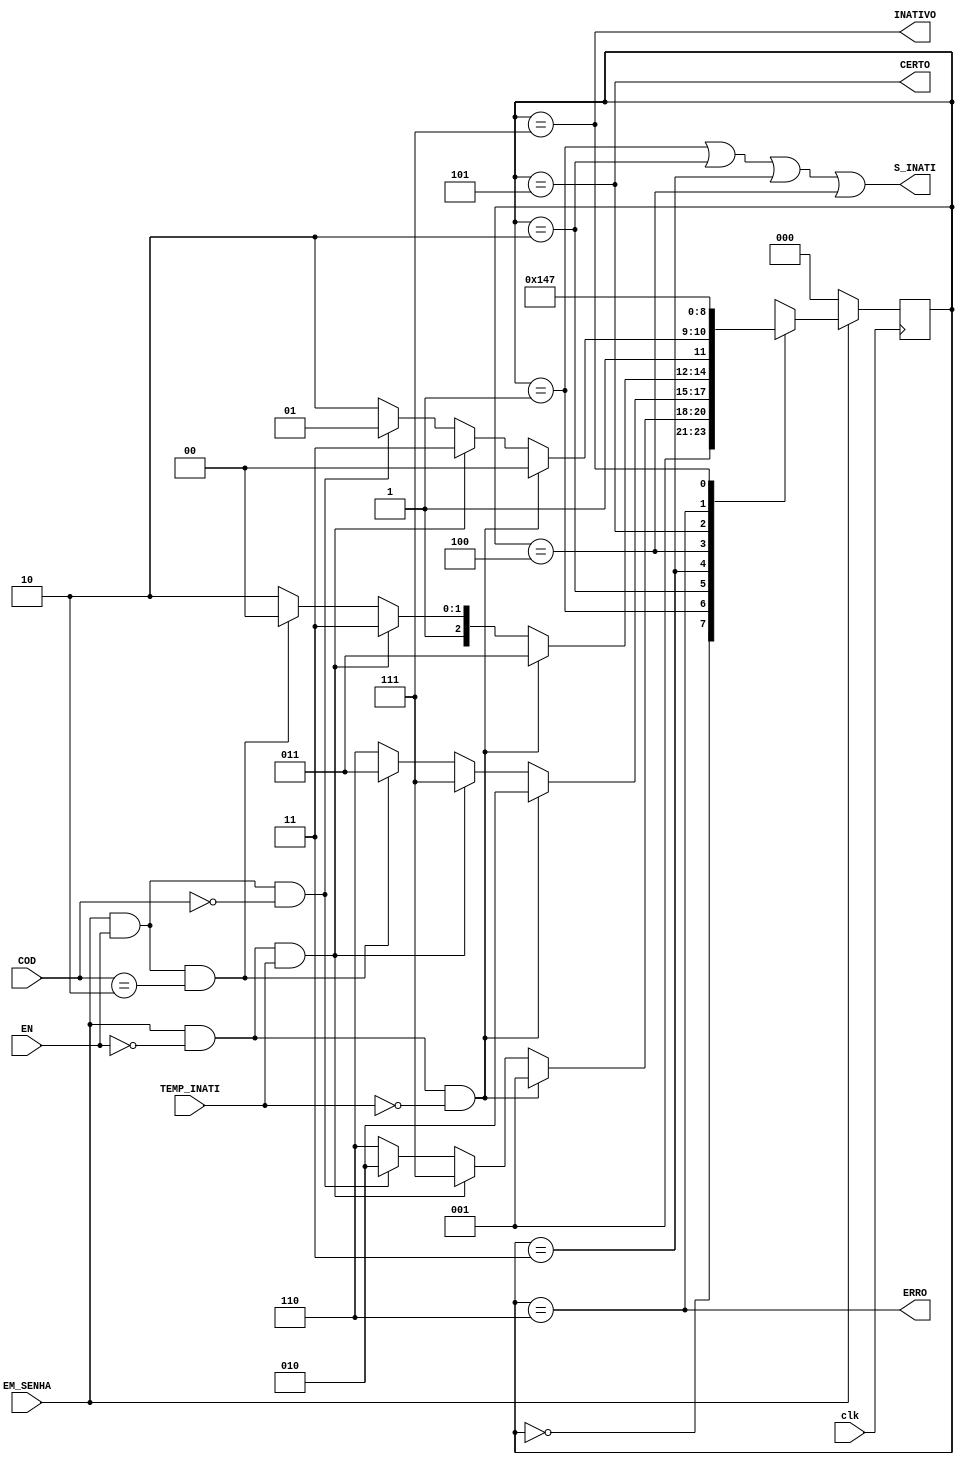
/*
*/

module MEF_Senha_DEBUG ( INATIVO, CERTO, ERRO, S_INATI,// Sadas
						 clk, COD, EN, TEMP_INATI, EM_SENHA);// Entradas
						 
	input clk, EN, TEMP_INATI, EM_SENHA;
	input [1:0] COD;
	output INATIVO, CERTO, ERRO, S_INATI;
	reg [2:0] state , nextstate;
	
	parameter S0 = 3'b000 ;
	parameter S1 = 3'b001 ;
	parameter S2 = 3'b010 ; 
	parameter S3 = 3'b011 ; 
	parameter S4 = 3'b100 ; 
	parameter OK = 3'b101 ; 
	parameter ER = 3'b110 ; 
	parameter IN = 3'b111 ; 
	
	parameter senha1 = 2'b00;//b3 ou b0
	parameter senha2 = 2'b10;//b1 ou b2
	parameter senha3 = 2'b10;//b1 ou b2
	parameter senha4 = 2'b00;//b3 ou b0

	// Inicia o estado
	
	// Logica para mudana de estado
	always @ ( posedge clk )
		if (~EM_SENHA) state <= S0 ;
		else state <= nextstate ;
		
	// Lgica para o prximo estado
	always @ (*)
		case ( state )
			S0 : // V 
				if ( EM_SENHA ) begin
					nextstate = S1 ;
				end
				else begin
					nextstate = S0 ;
				end
			//
			S1 :  
				if ( ~EM_SENHA ) begin
					nextstate = S0 ;
				end
				else if (EM_SENHA & ~EN & ~TEMP_INATI) begin
					nextstate = S1 ;
				end
				else if (EM_SENHA & ~EN & TEMP_INATI) begin
					nextstate = IN ;
				end
				else if (EM_SENHA & EN & (COD == senha1)) begin
					nextstate = S2 ;
				end
				else if (~EM_SENHA) begin
					nextstate = S0 ;
				end
				else begin
					nextstate = ER ;
				end
			//
			S2 :  
				if ( ~EM_SENHA ) begin
					nextstate = S0 ;
				end
				else if (EM_SENHA & ~EN & ~TEMP_INATI) begin
					nextstate = S2 ;
				end
				else if (EM_SENHA & ~EN & TEMP_INATI) begin
					nextstate = IN ;
				end
				else if (EM_SENHA & EN & (COD == senha2)) begin
					nextstate = S3 ;
				end
				else if (~EM_SENHA) begin
					nextstate = S0 ;
				end
				else begin
					nextstate = ER ;
				end
			//
			S3 :  
				if ( ~EM_SENHA ) begin
					nextstate = S0 ;
				end
				else if (EM_SENHA & ~EN & ~TEMP_INATI) begin
					nextstate = S3 ;
				end
				else if (EM_SENHA & ~EN & TEMP_INATI) begin
					nextstate = IN ;
				end
				else if (EM_SENHA & EN & (COD == senha3)) begin
					nextstate = S4 ;
				end
				else if (~EM_SENHA) begin
					nextstate = S0 ;
				end
				else begin
					nextstate = ER ;
				end
			//
			S4 :  
				if ( ~EM_SENHA ) begin
					nextstate = S0 ;
				end 
				else if (EM_SENHA & ~EN & ~TEMP_INATI) begin
					nextstate = S4 ;
				end
				else if (EM_SENHA & ~EN & TEMP_INATI) begin
					nextstate = IN ;
				end
				else if (EM_SENHA & EN & (COD == senha4)) begin
					nextstate = OK ;
				end
				else if (~EM_SENHA) begin
					nextstate = S0 ;
				end
				else begin
					nextstate = ER ;
				end
			//
			OK :  //Posso mudar aqui para ficar igual o ER e IN tambem
				if (EM_SENHA) begin
					nextstate = OK; 
				end
				else begin
					nextstate = S0;
				end
							//
			ER :  
				nextstate = S0 ;
			//
			IN :  
				if (EM_SENHA) begin
					nextstate = IN; 
				end
				else begin
					nextstate = S0;
				end
			//
			default : nextstate = S0 ;
		endcase
		
	// Lgica para o pulso
	assign INATIVO = ( state == IN ) ;//V
	assign CERTO = ( state == OK ) ;//V
	assign ERRO = ( state == ER ) ;//V
	assign S_INATI = (state == S1) | (state == S2) | (state == S3) | (state == S4) ;//V
endmodule